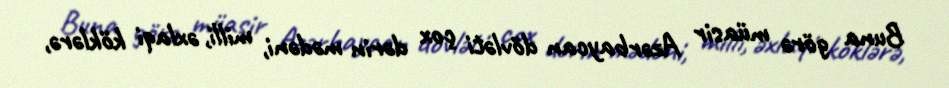
Buna görə müasir Azərbaycan dövləti çox dərin mədəni, milli, əxlaqi köklərə,